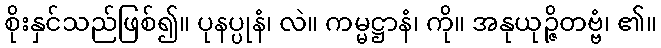
စိုးနှင်သည်ဖြစ်၍။ ပုနပ္ပုနံ၊ လဲ။ ကမ္မဋ္ဌာနံ၊ ကို။ အနုယုဉ္ဇိတဗ္ဗံ၊ ၏။